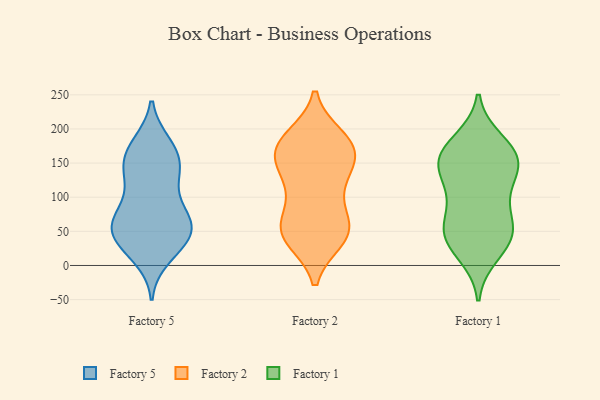
{"axis": {"x": "Net Income (USD K)", "y": "Value"}, "legend": ["Factory 1", "Factory 2", "Factory 5"], "data": [{"x": "", "y": 44, "type": "Factory 5"}, {"x": "", "y": 133, "type": "Factory 5"}, {"x": "", "y": 32, "type": "Factory 5"}, {"x": "", "y": 31, "type": "Factory 5"}, {"x": "", "y": 83, "type": "Factory 5"}, {"x": "", "y": 59, "type": "Factory 5"}, {"x": "", "y": 170, "type": "Factory 5"}, {"x": "", "y": 55, "type": "Factory 5"}, {"x": "", "y": 134, "type": "Factory 5"}, {"x": "", "y": 69, "type": "Factory 5"}, {"x": "", "y": 159, "type": "Factory 5"}, {"x": "", "y": 59, "type": "Factory 5"}, {"x": "", "y": 83, "type": "Factory 5"}, {"x": "", "y": 64, "type": "Factory 5"}, {"x": "", "y": 128, "type": "Factory 5"}, {"x": "", "y": 142, "type": "Factory 5"}, {"x": "", "y": 34, "type": "Factory 5"}, {"x": "", "y": 177, "type": "Factory 5"}, {"x": "", "y": 173, "type": "Factory 5"}, {"x": "", "y": 13, "type": "Factory 5"}, {"x": "", "y": 64, "type": "Factory 2"}, {"x": "", "y": 156, "type": "Factory 2"}, {"x": "", "y": 43, "type": "Factory 2"}, {"x": "", "y": 133, "type": "Factory 2"}, {"x": "", "y": 60, "type": "Factory 2"}, {"x": "", "y": 172, "type": "Factory 2"}, {"x": "", "y": 181, "type": "Factory 2"}, {"x": "", "y": 165, "type": "Factory 2"}, {"x": "", "y": 39, "type": "Factory 2"}, {"x": "", "y": 42, "type": "Factory 2"}, {"x": "", "y": 175, "type": "Factory 2"}, {"x": "", "y": 177, "type": "Factory 2"}, {"x": "", "y": 117, "type": "Factory 2"}, {"x": "", "y": 105, "type": "Factory 2"}, {"x": "", "y": 49, "type": "Factory 2"}, {"x": "", "y": 141, "type": "Factory 2"}, {"x": "", "y": 56, "type": "Factory 2"}, {"x": "", "y": 187, "type": "Factory 2"}, {"x": "", "y": 151, "type": "Factory 1"}, {"x": "", "y": 18, "type": "Factory 1"}, {"x": "", "y": 106, "type": "Factory 1"}, {"x": "", "y": 59, "type": "Factory 1"}, {"x": "", "y": 56, "type": "Factory 1"}, {"x": "", "y": 167, "type": "Factory 1"}, {"x": "", "y": 38, "type": "Factory 1"}, {"x": "", "y": 46, "type": "Factory 1"}, {"x": "", "y": 43, "type": "Factory 1"}, {"x": "", "y": 163, "type": "Factory 1"}, {"x": "", "y": 99, "type": "Factory 1"}, {"x": "", "y": 150, "type": "Factory 1"}, {"x": "", "y": 134, "type": "Factory 1"}, {"x": "", "y": 152, "type": "Factory 1"}, {"x": "", "y": 181, "type": "Factory 1"}]}